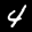
Label: 4